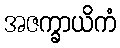
အဇက္ခာယိကံ